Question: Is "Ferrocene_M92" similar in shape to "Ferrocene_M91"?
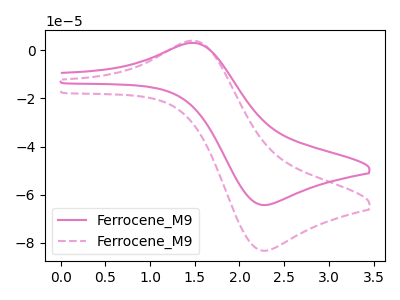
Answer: <think>The pink curve "Ferrocene_M91" has an anodic peak at (1.50V, 3.05uA) and a cathodic peak at (2.25V, -64.25uA). The pink dashed curve "Ferrocene_M92" has an anodic peak at (1.50V, 3.90uA) and a cathodic peak at (2.25V, -83.25uA).
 All the peaks in "Ferrocene_M92" have a peak in "Ferrocene_M91" at the same potential. Every peak in "Ferrocene_M92" is higher than every peak in "Ferrocene_M91".</think>
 <answer>"Ferrocene_M92" and "Ferrocene_M91" are similar in shape.</answer>
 <eval>same_shape</eval>